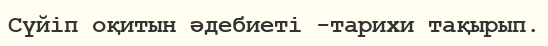
Сүйіп оқитын әдебиеті -тарихи тақырып.